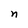
Character: n